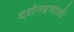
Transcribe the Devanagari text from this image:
दर्शनप्रणाली